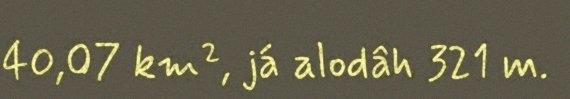
40,07 km², já alodâh 321 m.